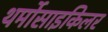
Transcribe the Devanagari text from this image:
थर्मोसाइकिलर